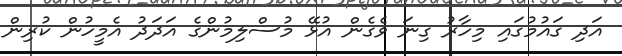
އަދި ގައުމުގައި މިހާރު ގިނަ ވެގެން އުޅޭ މުސްލިމުންގެ އަދަދު އެމީހުން ކުރިން